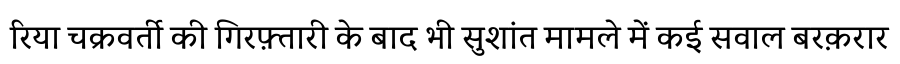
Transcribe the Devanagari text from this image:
रिया चक्रवर्ती की गिरफ़्तारी के बाद भी सुशांत मामले में कई सवाल बरक़रार